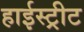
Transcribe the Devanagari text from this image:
हाईस्ट्रीट